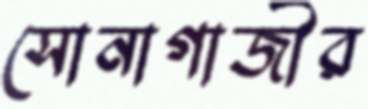
সোনাগাজীর